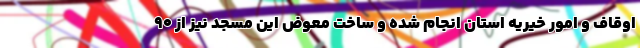
اوقاف و امور خیریه استان انجام شده و ساخت معوض این مسجد نیز از ۹۰